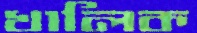
খালিক